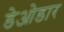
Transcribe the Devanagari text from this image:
डेओडार